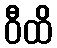
ဝီထိ